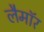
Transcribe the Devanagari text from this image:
लैमॉर